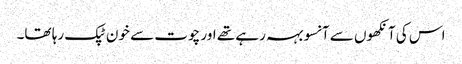
اس کی آنکھوں سے آنسو بہہ رہے تھے اور چوت سے خون ٹپک رہا تھا۔